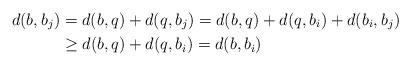
LaTeX: \begin{align*} d(b, b_j) & =d(b, q)+d(q, b_j)=d(b, q)+d(q, b_i)+d(b_i, b_j) \\ &\geq d(b, q)+d(q, b_i)=d(b, b_i) \end{align*}